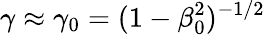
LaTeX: \gamma\approx\gamma_{0}=(1-\beta_{0}^{2})^{-1/2}